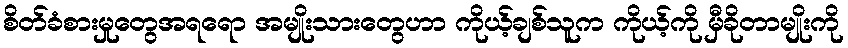
စိတ်ခံစားမှုတွေအရရော အမျိုးသားတွေဟာ ကိုယ့်ချစ်သူက ကိုယ့်ကို မှီခိုတာမျိုးကို